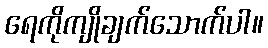
ရေကိုကျိုချက်သောက်ပါ။